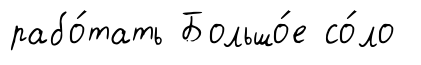
рабо́тать Большо́е со́ло